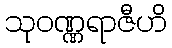
သုဝဏ္ဏရာဇီဟိ